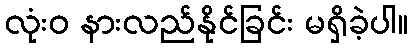
လုံးဝ နားလည်နိုင်ခြင်း မရှိခဲ့ပါ။